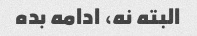
البته نه، ادامه بده